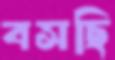
বসছি